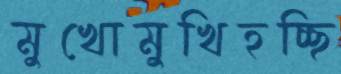
মুখোমুখিহচ্ছি